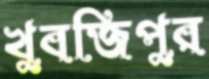
খুবজিপুর